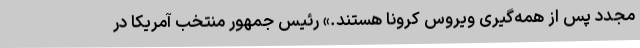
مجدد پس از همه‌گیری ویروس کرونا هستند.» رئیس جمهور منتخب آمریکا در